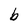
Character: b